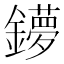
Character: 𨮒